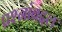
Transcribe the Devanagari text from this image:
प्रश्नांबद्दल